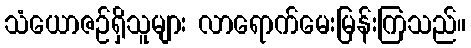
သံယောဇဉ်ရှိသူများ လာရောက်မေးမြန်းကြသည်။